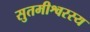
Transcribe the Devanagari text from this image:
सुतमीश्वरस्य